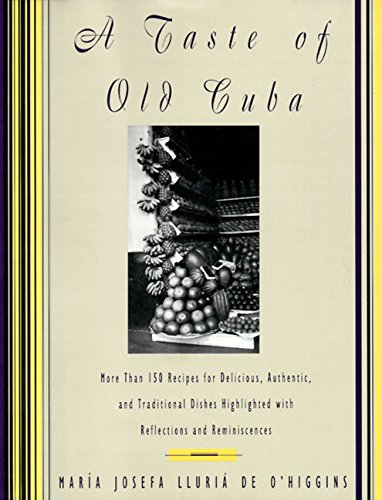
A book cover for A Taste of Old Cuba: More Than 150 Recipes for Delicious, Authentic, and Traditional Dishes; Maria Josefa Lluria De O'Higgins; Cookbooks, Food & Wine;